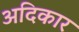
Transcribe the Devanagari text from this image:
अदिकार